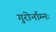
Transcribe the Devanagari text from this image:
गुरोर्नाम्नः